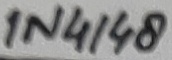
Text: 1N4148